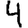
Digit: 4